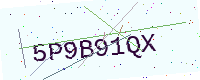
Text: 5P9B91QX